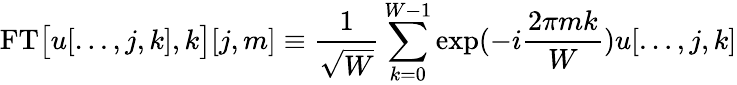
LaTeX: \mathrm{FT}\big[u[\ldots,j,k],k\big][j,m]\equiv\frac{1}{\sqrt{W}}\sum_{k=0}^{W-1}\exp(-i\frac{2\pi mk}{W})u[\ldots,j,k]